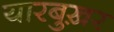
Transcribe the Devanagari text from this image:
यारबुख़र